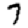
Digit: 7